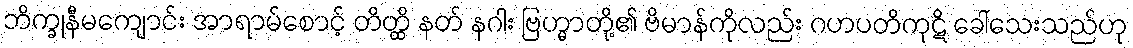
ဘိက္ခုနီမကျောင်း အာရာမ်စောင့် တိတ္ထိ နတ် နဂါး ဗြဟ္မာတို့၏ ဗိမာန်ကိုလည်း ဂဟပတိကုဋိ ခေါ်သေးသည်ဟု